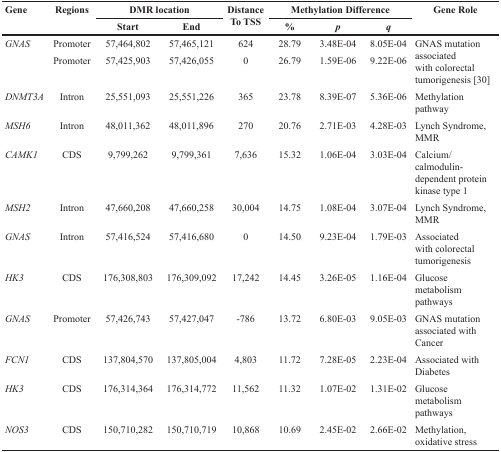
<table><thead><tr><td rowspan="2"><b>Gene</b></td><td rowspan="2"><b>Regions</b></td><td colspan="2"><b>DMR location</b></td><td rowspan="2"><b>Distance To TSS</b></td><td colspan="3"><b>Methylation Difference</b></td><td rowspan="2"><b>Gene Role</b></td></tr><tr><td><b>Start</b></td><td><b>End</b></td><td><b>%</b></td><td><b><i>p</i></b></td><td><b><i>q</i></b></td></tr></thead><tbody><tr><td rowspan="2"><i>GNAS</i></td><td>Promoter</td><td>57,464,802</td><td>57,465,121</td><td>624</td><td>28.79</td><td>3.48E-04</td><td>8.05E-04</td><td rowspan="2">GNAS mutation associated with colorectal tumorigenesis [30]</td></tr><tr><td>Promoter</td><td>57,425,903</td><td>57,426,055</td><td>0</td><td>26.79</td><td>1.59E-06</td><td>9.22E-06</td></tr><tr><td><i>DNMT3A</i></td><td>Intron</td><td>25,551,093</td><td>25,551,226</td><td>365</td><td>23.78</td><td>8.39E-07</td><td>5.36E-06</td><td>Methylation pathway</td></tr><tr><td><i>MSH6</i></td><td>Intron</td><td>48,011,362</td><td>48,011,896</td><td>270</td><td>20.76</td><td>2.71E-03</td><td>4.28E-03</td><td>Lynch Syndrome, MMR</td></tr><tr><td><i>CAMK1</i></td><td>CDS</td><td>9,799,262</td><td>9,799,361</td><td>7,636</td><td>15.32</td><td>1.06E-04</td><td>3.03E-04</td><td>Calcium/calmodulin-dependent protein kinase type 1</td></tr><tr><td><i>MSH2</i></td><td>Intron</td><td>47,660,208</td><td>47,660,258</td><td>30,004</td><td>14.75</td><td>1.08E-04</td><td>3.07E-04</td><td>Lynch Syndrome, MMR</td></tr><tr><td><i>GNAS</i></td><td>Intron</td><td>57,416,524</td><td>57,416,680</td><td>0</td><td>14.50</td><td>9.23E-04</td><td>1.79E-03</td><td>Associated with colorectal tumorigenesis</td></tr><tr><td><i>HK3</i></td><td>CDS</td><td>176,308,803</td><td>176,309,092</td><td>17,242</td><td>14.45</td><td>3.26E-05</td><td>1.16E-04</td><td>Glucose metabolism pathways</td></tr><tr><td><i>GNAS</i></td><td>Promoter</td><td>57,426,743</td><td>57,427,047</td><td>-786</td><td>13.72</td><td>6.80E-03</td><td>9.05E-03</td><td>GNAS mutation associated with Cancer</td></tr><tr><td><i>FCN1</i></td><td>CDS</td><td>137,804,570</td><td>137,805,004</td><td>4,803</td><td>11.72</td><td>7.28E-05</td><td>2.23E-04</td><td>Associated with Diabetes</td></tr><tr><td><i>HK3</i></td><td>CDS</td><td>176,314,364</td><td>176,314,772</td><td>11,562</td><td>11.32</td><td>1.07E-02</td><td>1.31E-02</td><td>Glucose metabolism pathways</td></tr><tr><td><i>NOS3</i></td><td>CDS</td><td>150,710,282</td><td>150,710,719</td><td>10,868</td><td>10.69</td><td>2.45E-02</td><td>2.66E-02</td><td>Methylation, oxidative stress</td></tr></tbody></table>